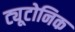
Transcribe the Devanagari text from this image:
ट्यूटोनिक